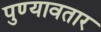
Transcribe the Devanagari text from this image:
पुण्यावतार